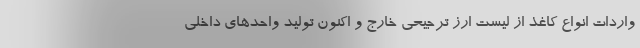
واردات انواع کاغذ از لیست ارز ترجیحی خارج و اکنون تولید واحدهای داخلی